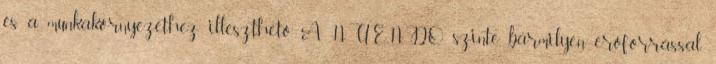
és a munkakörnyezethez illeszthetô. A NUENDO szinte bármilyen erôforrással